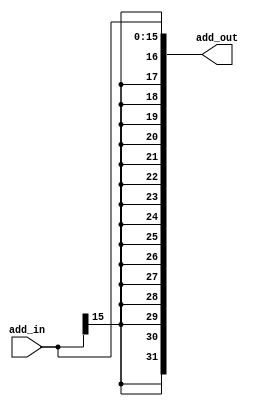
`timescale 1ns / 1ps
//////////////////////////////////////////////////////////////////////////////////
// Company: 
// Engineer: 
// 
// Design Name: 
// Module Name: SIGN_EXTENSION
// Project Name: 
// Target Devices: 
// Tool Versions: 
// Description: 
// 
// Dependencies: 
// 
// Revision:
// Revision 0.01 - File Created
// Additional Comments:
// 
//////////////////////////////////////////////////////////////////////////////////


(* keep_hierarchy = "yes" *) module SIGN_EXTENSION(add_in, add_out);
    input [15:0] add_in;
    output [31:0] add_out;
    wire [31:0] add_out;
    
    assign add_out = {{16{add_in[15]}}, add_in};      

endmodule